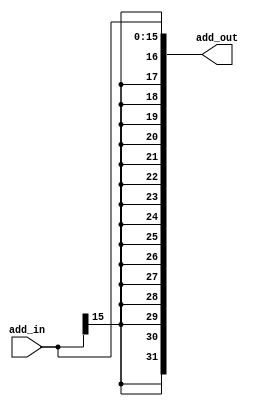
`timescale 1ns / 1ps
//////////////////////////////////////////////////////////////////////////////////
// Company: 
// Engineer: 
// 
// Design Name: 
// Module Name: SIGN_EXTENSION
// Project Name: 
// Target Devices: 
// Tool Versions: 
// Description: 
// 
// Dependencies: 
// 
// Revision:
// Revision 0.01 - File Created
// Additional Comments:
// 
//////////////////////////////////////////////////////////////////////////////////


(* keep_hierarchy = "yes" *) module SIGN_EXTENSION(add_in, add_out);
    input [15:0] add_in;
    output [31:0] add_out;
    wire [31:0] add_out;
    
    assign add_out = {{16{add_in[15]}}, add_in};      

endmodule